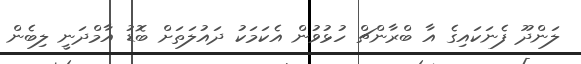
ލަންދޫ ފެނަކައިގެ އާ ބްރާންޗް ހުޅުވުން އެކަމަކު ދައުލަތަށް ބޮޑު އާމްދަނީ ލިބެން